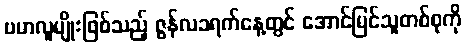
ဗမာလူမျိုးဖြစ်သည့် ဇွန်လ၁ရက်နေ့တွင် အောင်မြင်သူတစ်စုကို